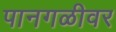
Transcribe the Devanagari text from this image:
पानगळीवर